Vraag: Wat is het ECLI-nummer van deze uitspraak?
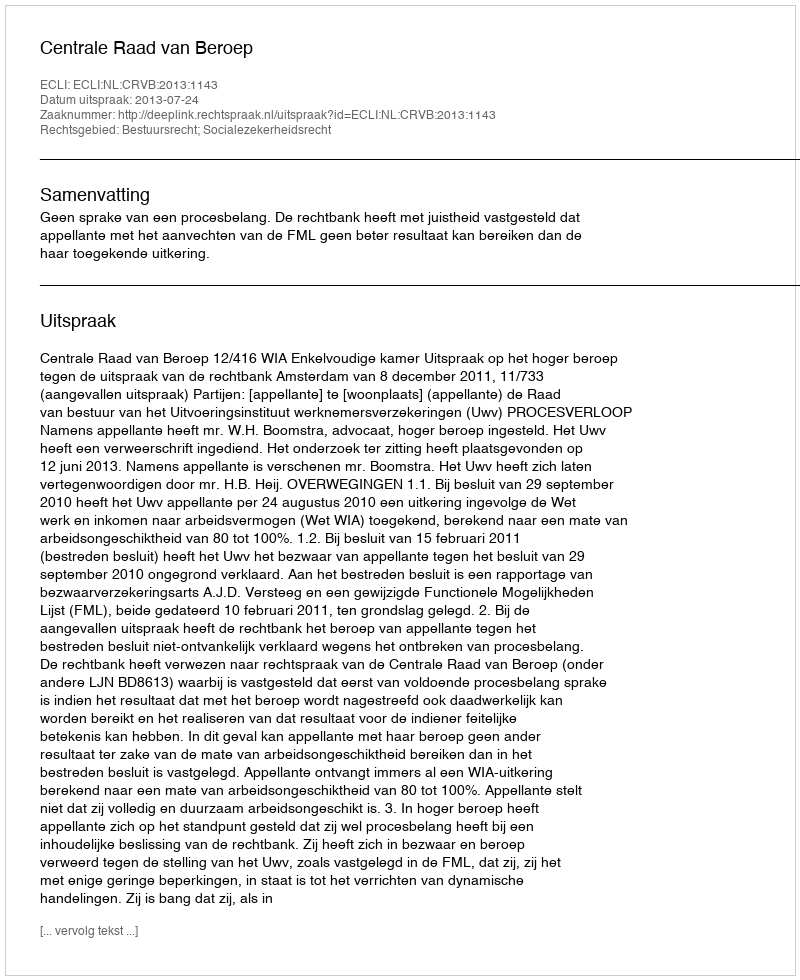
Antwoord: ECLI:NL:CRVB:2013:1143